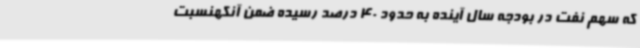
که سهم نفت در بودجه سال آینده به حدود 40 درصد رسیده ضمن آنکهنسبت